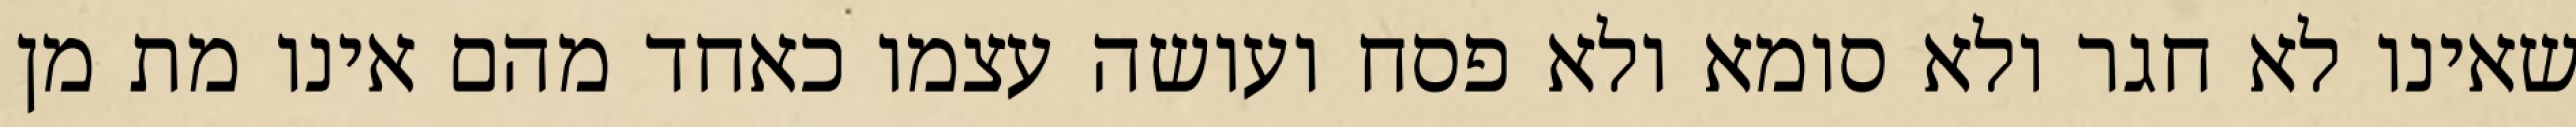
שאינו לא חגר ולא סומא ולא פסח ועושה עצמו כאחד מהם אינו מת מן